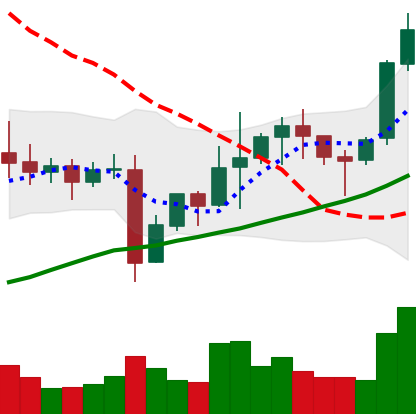
Ticker: NEO-USD
Chart end date: 2021-11-09
Forward return: -7.523%
Label: down_7plus